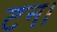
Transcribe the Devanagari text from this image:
टन।